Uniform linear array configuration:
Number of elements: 64
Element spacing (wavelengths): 1
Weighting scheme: binomial
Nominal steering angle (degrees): -30
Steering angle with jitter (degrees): -31.43
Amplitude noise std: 0.05
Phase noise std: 0.05

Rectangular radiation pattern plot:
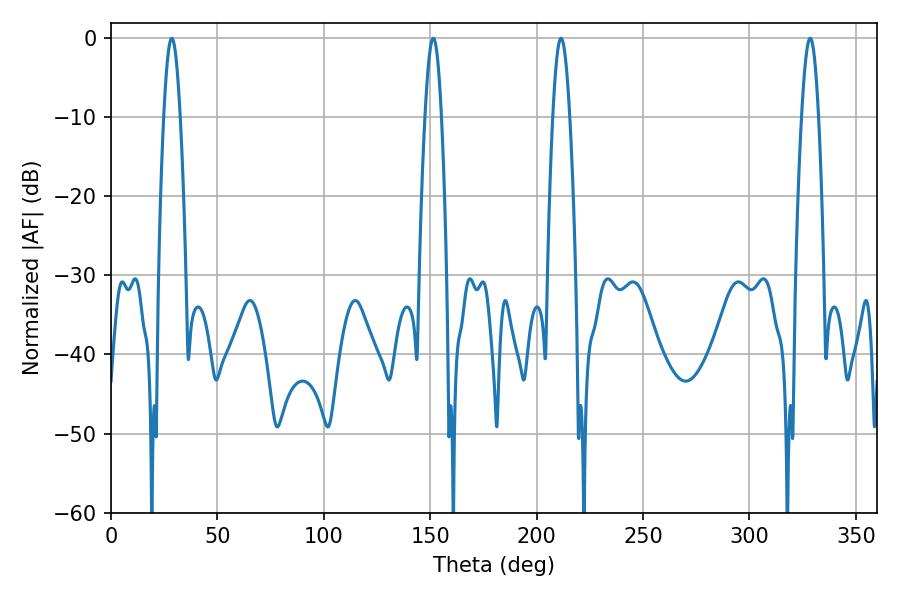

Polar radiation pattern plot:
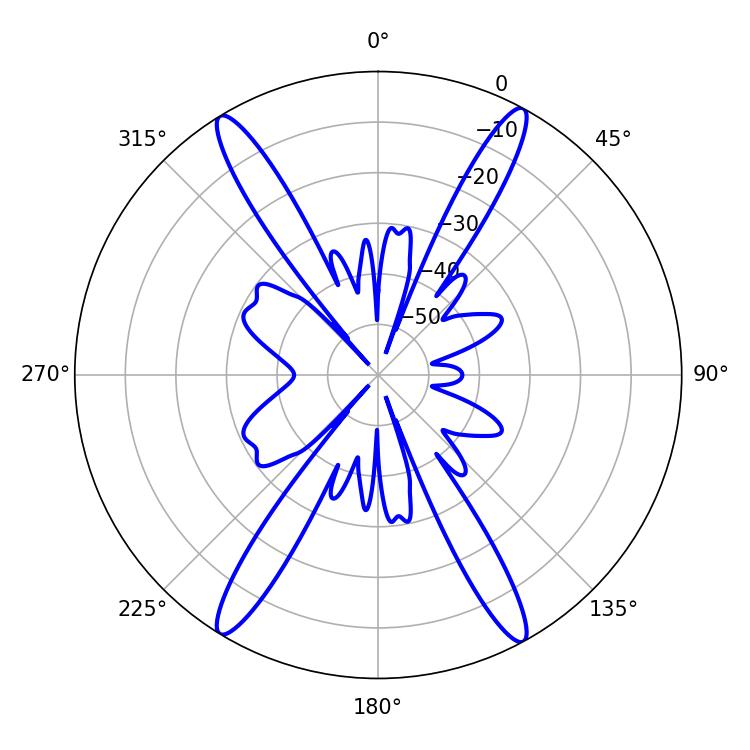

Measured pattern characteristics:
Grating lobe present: TRUE
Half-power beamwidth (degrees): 4.32
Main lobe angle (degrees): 328.5